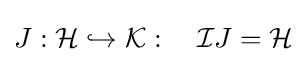
J:{\mathcal {H}}\hookrightarrow {\mathcal {K}}:\quad {\mathcal {I}}J={\mathcal {H}}